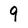
Character: 9